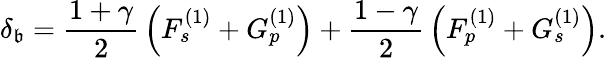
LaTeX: \delta_{\mathfrak{b}}={\frac{{1+\gamma}}{{2}}}\left(F_{s}^{(1)}+G_{p}^{(1)}\right)+{\frac{{1-\gamma}}{{2}}}\left(F_{p}^{(1)}+G_{s}^{(1)}\right).